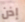
إذن